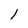
Character: 1